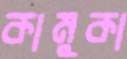
কামুকা